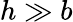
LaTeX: h\gg b